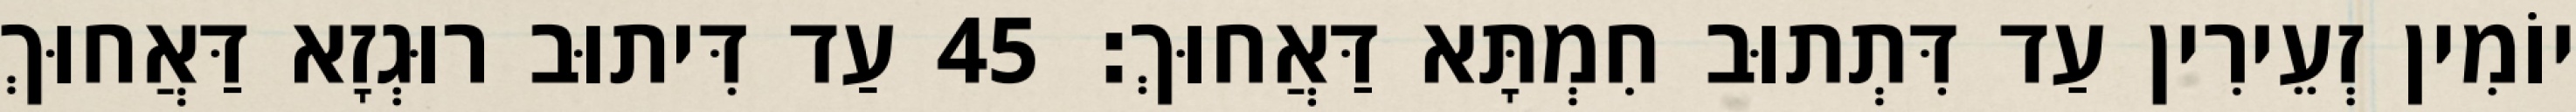
יוֹמִין זְעֵירִין עַד דִּתְתוּב חִמְתָּא דַּאֲחוּךְ׃ 45 עַד דִּיתוּב רוּגְזָא דַּאֲחוּךְ